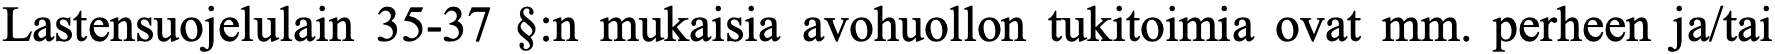
Lastensuojelulain 35-37 §:n mukaisia avohuollon tukitoimia ovat mm. perheen ja/tai